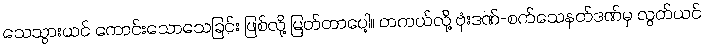
သေသွားယင် ကောင်းသောသေခြင်း ဖြစ်လို့ မြတ်တာပေါ့။ တကယ်လို့ ဗုံးဒဏ်-စက်သေနတ်ဒဏ်မှ လွတ်ယင်